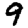
Digit: 9